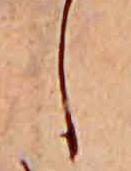
し